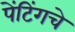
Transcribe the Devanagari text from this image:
पेंटिंगचे